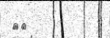
٢٤